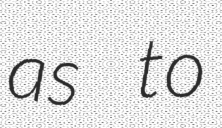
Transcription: as to